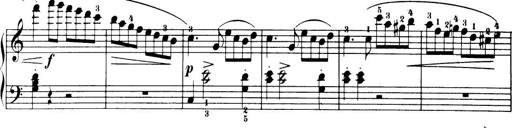
Title: 32 Sonatinas and Rondos for the Piano
Composer: Richard Kleinmichel